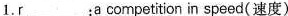
1.r___:a competition in speed(速度)